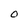
Character: 0